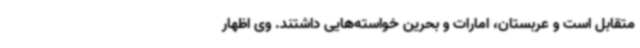
متقابل است و عربستان، امارات و بحرین خواسته‌هایی داشتند. وی اظهار